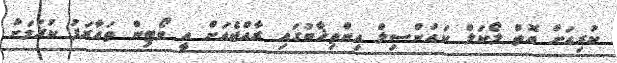
ކުރިއަށް އޮތް ލޯކަލް ކައުންސިލް އިންތިޚާބުގައި ރާއްޖެއަށް އީ ވޯޓިން ތައާރަފު ކުރުމަށް